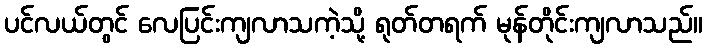
ပင်လယ်တွင် လေပြင်းကျလာသကဲ့သို့ ရုတ်တရက် မုန်တိုင်းကျလာသည်။